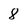
Character: 8